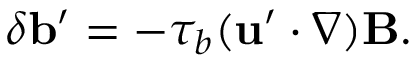
\delta { \bf { b } } ^ { \prime } = - \tau _ { b } ( { \bf { u } } ^ { \prime } \cdot \nabla ) { \bf { B } } .